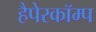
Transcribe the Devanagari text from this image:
हैपेरकॉम्प